Annual administration report of the Civil Veterinary Department of India - 1894-1895
Year: 1894
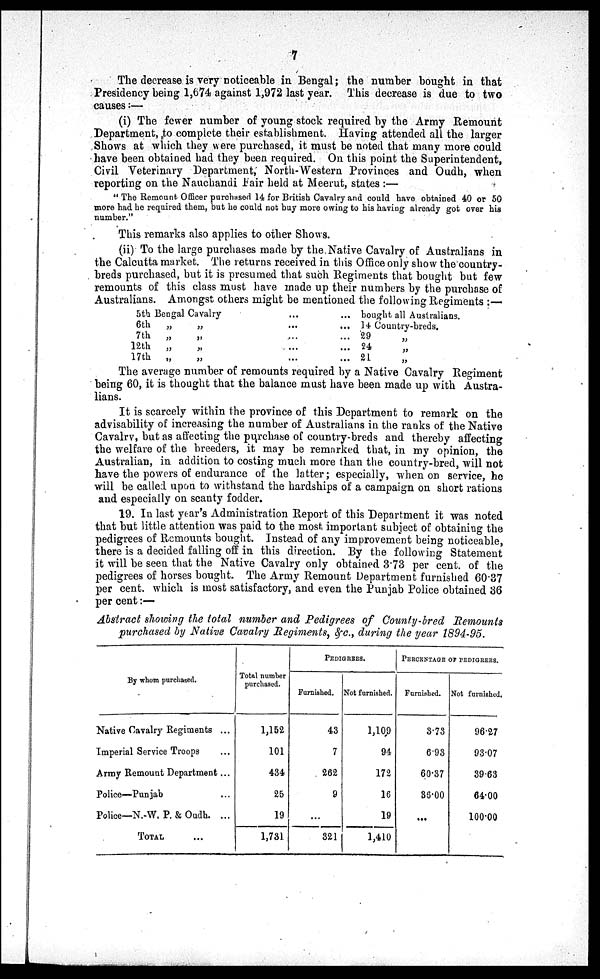
7
The decrease is very noticeable in Bengal; the number bought in that
Presidency being 1,674 against 1,972 last year. This decrease is due to two
causes:—
(i) The fewer number of young stock required by the Army Remount
Department, to complete their establishment. Having attended all the larger
Shows at which they were purchased, it must be noted that many more could
have been obtained had they been required. On this point the Superintendent,
Civil Veterinary Department, North-Western Provinces and Oudh, when
reporting on the Nauchandi Fair held at Meerut, states:—
"The Remount Officer purchased 14 for British Cavalry and could have obtained 40 or 50
more had he required them, but he could not buy more owing to his having already got over his
number."
This remarks also applies to other Shows.
(ii) To the large purchases made by the Native Cavalry of Australians in
the Calcutta market. The returns received in this Office only show the country-
breds purchased, but it is presumed that such Regiments that bought but few
remounts of this class must have made up their numbers by the purchase of
Australians. Amongst others might be mentioned the following Regiments:—
5th Bengal Cavalry
6 th
„
7th
„
12th
„
17th
„
„
„
„
„
...
...
...
...
...
...
...
...
...
...
bought all Australians.
14 Country-breds.
29
24 „
21 „
The average number of remounts required by a Native Cavalry Regiment
being 60, it is thought that the balance must have been made up with Austra-
lians.
It is scarcely within the province of this Department to remark on the
advisability of increasing the number of Australians in the ranks of the Native
Cavalry, but as affecting the purchase of country-breds and thereby affecting
the welfare of the breeders, it may be remarked that, in my opinion, the
Australian, in addition to costing much more than the country-bred, will not
have the powers of endurance of the latter; especially, when on service, he
will be called upon to withstand the hardships of a campaign on short rations
and especially on scanty fodder.
19. In last year's Administration Report of this Department it was noted
that but little attention was paid to the most important subject of obtaining the
pedigrees of Remounts bought. Instead of any improvement being noticeable,
there is a decided falling off in this direction. By the following Statement
it will be seen that the Native Cavalry only obtained 3.73 per cent. of the
pedigrees of horses bought. The Army Remount Department furnished 60.37
per cent. which is most satisfactory, and even the Punjab Police obtained 36
per cent:—
Abstract showing the total number and Pedigrees of County-bred Remounts
purchased by Native Cavalry Regiments, &c., during the year 1894-95.
By whom purchased.
Native Cavalry Regiments ...
Imperial Service Troops ...
Army Remount Department ...
Police—Punjab ...
Police—N.-W. P. & Oudh. ...
TOTAL ...
Total number
purchased.
1,152
101
434
25
19
1,731
PEDIGREE.
Furnished.
43
7
262
9
...
321
Not furnished.
1,109
94
172
16
19
1,410
PERCENTAGE OF PEDIGREES.
Furnished.
3.73
6.93
60.37
36.00
...
Not furnished.
96.27
93.07
39.63
64.00
100.00